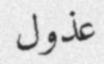
عذول